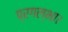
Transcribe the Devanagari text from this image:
प्रगल्भा।